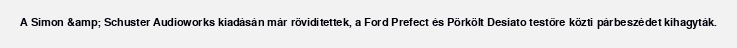
A Simon &amp; Schuster Audioworks kiadásán már rövidítettek, a Ford Prefect és Pörkölt Desiato testőre közti párbeszédet kihagyták.